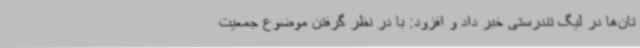
تان‌ها در لیگ تندرستی خبر داد و افزود: با در نظر گرفتن موضوع جمعیت